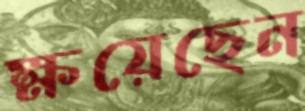
ক্ষয়েছেন